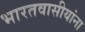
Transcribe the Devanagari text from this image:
भारतवासीयांना